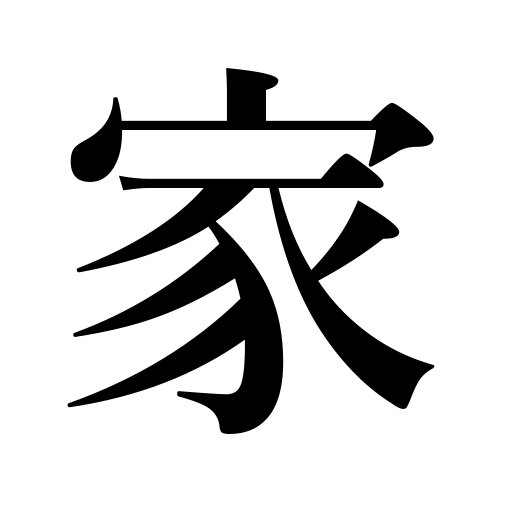
Meanings: house,family name,home,fortune,residence,family,store,dealer,seller,shop,household,housing